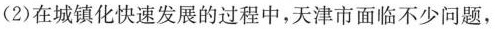
(2)在城镇化快速发展的过程中，天津市面临不少问题，